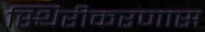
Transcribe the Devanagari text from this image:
स्थिरीकरणास